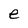
Character: e